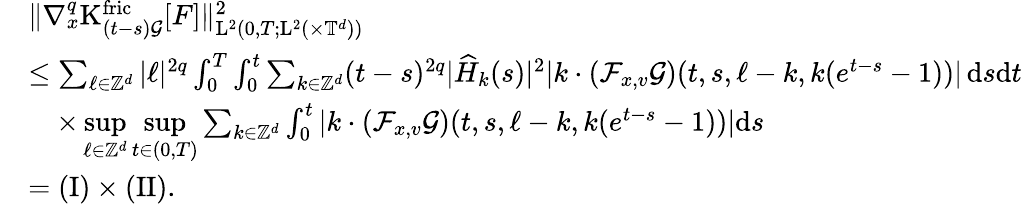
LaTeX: \begin{array}{rl}&{\Vert\nabla_{x}^{q}\mathrm{K}_{(t-s)\mathcal{G}}^{\mathrm{fric}}[F]\Vert_{\mathrm{L}^{2}(0,T;\mathrm{L}^{2}(\times\mathbb T^{d}))}^{2}}\\ &{\leq\sum_{\ell\in\mathbb Z^{d}}\vert\ell\vert^{2q}\int_{0}^{T}\int_{0}^{t}\sum_{k\in\mathbb Z^{d}}(t-s)^{2q}\vert\widehat{H}_{k}(s)\vert^{2}\vert k\cdot(\mathcal{F}_{x,v}\mathcal{G})(t,s,\ell-k,k(e^{t-s}-1))\vert\, \mathrm{d}s\mathrm{d}t}\\ &{\quad\times\underset{\ell\in\mathbb Z^{d}}{\operatorname*{sup}}\underset{t\in(0,T)}{\operatorname*{sup}}\sum_{k\in\mathbb Z^{d}}\int_{0}^{t}\vert k\cdot(\mathcal{F}_{x,v}\mathcal{G})(t,s,\ell-k,k(e^{t-s}-1))\vert\mathrm{d}s}\\ &{=(\mathrm{I})\times(\mathrm{II}).}\end{array}